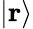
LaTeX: |\mathbf{r}\rangle